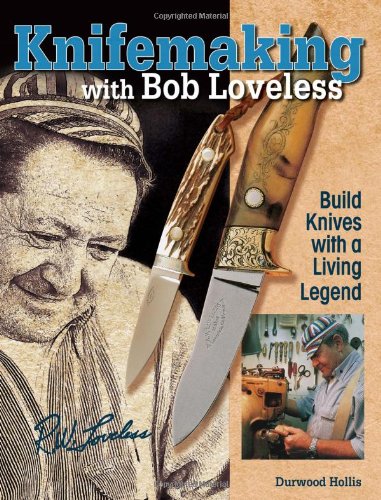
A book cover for Knifemaking with Bob Loveless: Build Knives with a Living Legend; Durwood Hollis; Crafts, Hobbies & Home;